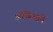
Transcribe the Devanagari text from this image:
अरेबिआने